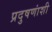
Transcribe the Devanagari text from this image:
प्रदुषणांशी